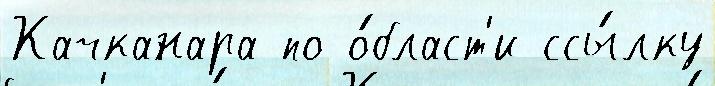
Качканара по о́бласт'и ссы́лку